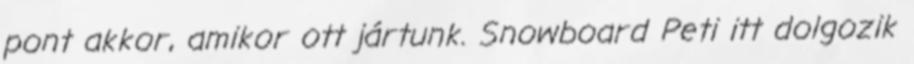
pont akkor, amikor ott jártunk. Snowboard Peti itt dolgozik